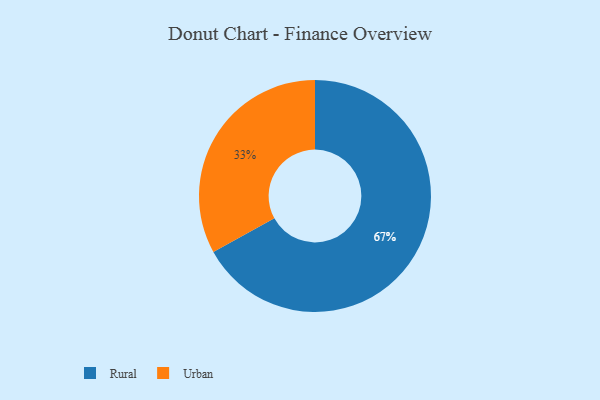
{"axis": {"x": "Category", "y": "Percentage"}, "legend": ["Rural", "Urban"], "data": [{"x": "Urban", "y": 33, "type": "Urban"}, {"x": "Rural", "y": 67, "type": "Rural"}]}